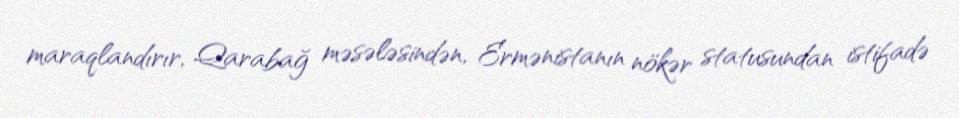
maraqlandırır, Qarabağ məsələsindən, Ermənistanın nökər statusundan istifadə